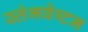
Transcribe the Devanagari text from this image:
स्तंभवेष्टन